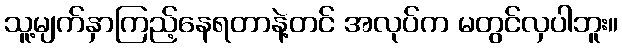
သူ့မျက်နှာကြည့်နေရတာနဲ့တင် အလုပ်က မတွင်လှပါဘူး။